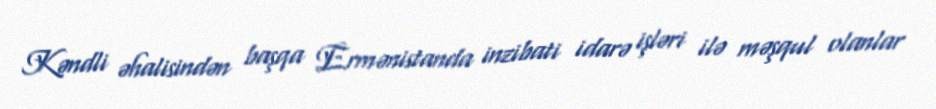
Kəndli əhalisindən başqa Ermənistanda inzibati idarə işləri ilə məşqul olanlar